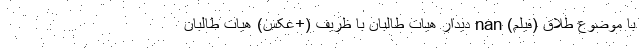
با موضوع طلاق (فیلم) nan دیدار هیات طالبان با ظریف (+عکس) هیات طالبان